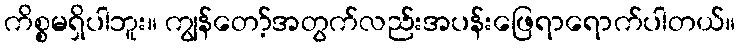
ကိစ္စမရှိပါဘူး။ ကျွန်တော့်အတွက်လည်းအပန်းဖြေရာရောက်ပါတယ်။